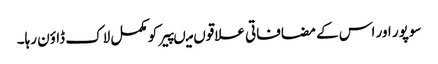
سوپور اور اس کے مضافاتی علاقوں میںپیر کو مکمل لاک ڈاؤن رہا۔